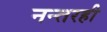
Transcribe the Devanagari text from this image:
नन्तरही